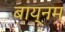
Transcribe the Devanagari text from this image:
बाय्नम